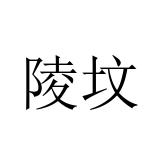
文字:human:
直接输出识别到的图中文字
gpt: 陵坟